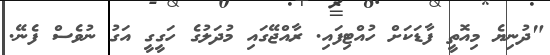
"ދުނިޔެ މިއޮތީ ފާޑަކަށް ހުއްޓިފައި. ރާއްޖޭގައި މުދަލުގެ ހަގީގީ އަގު ނުވެސް ފެނޭ.